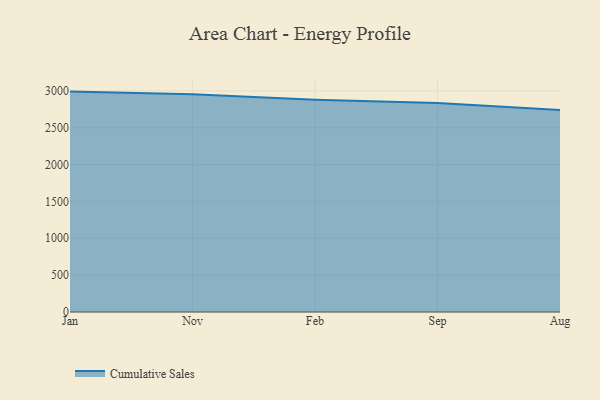
{"axis": {"x": "Month", "y": "Gross Profit (USD K)"}, "legend": ["Cumulative Sales"], "data": [{"x": "Jan", "y": 2989.7, "type": "Cumulative Sales"}, {"x": "Nov", "y": 2955.2, "type": "Cumulative Sales"}, {"x": "Feb", "y": 2879.9, "type": "Cumulative Sales"}, {"x": "Sep", "y": 2836.3, "type": "Cumulative Sales"}, {"x": "Aug", "y": 2740.3, "type": "Cumulative Sales"}]}